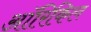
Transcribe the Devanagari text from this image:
ऑरिकिल